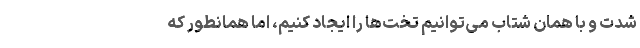
شدت و با همان شتاب می‌توانیم تخت‌ها را ایجاد کنیم، اما همانطور که